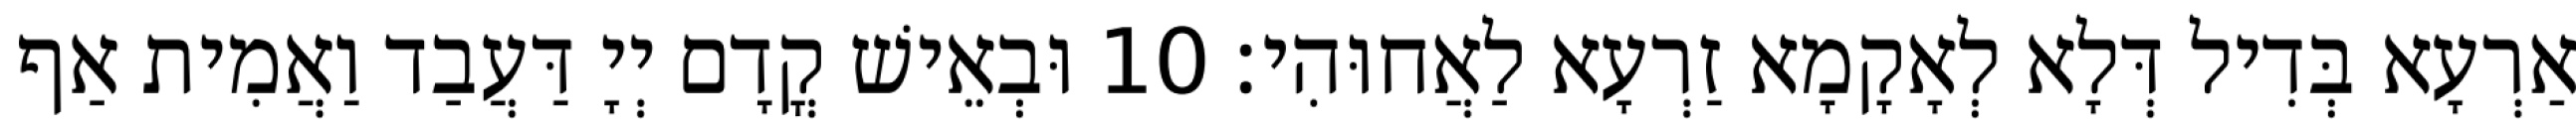
אַרְעָא בְּדִיל דְּלָא לְאָקָמָא זַרְעָא לַאֲחוּהִי׃ 10 וּבְאֵישׁ קֳדָם יְיָ דַּעֲבַד וַאֲמִית אַף